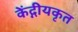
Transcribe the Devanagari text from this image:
केंद्गीयकृत